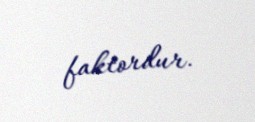
faktordur.